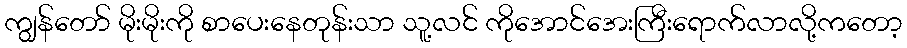
ကျွန်တော် မိုးမိုးကို စာပေးနေတုန်းသာ သူ့လင် ကိုအောင်အေးကြီးရောက်လာလို့ကတော့